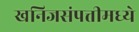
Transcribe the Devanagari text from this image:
खनिजसंपत्तीमध्ये